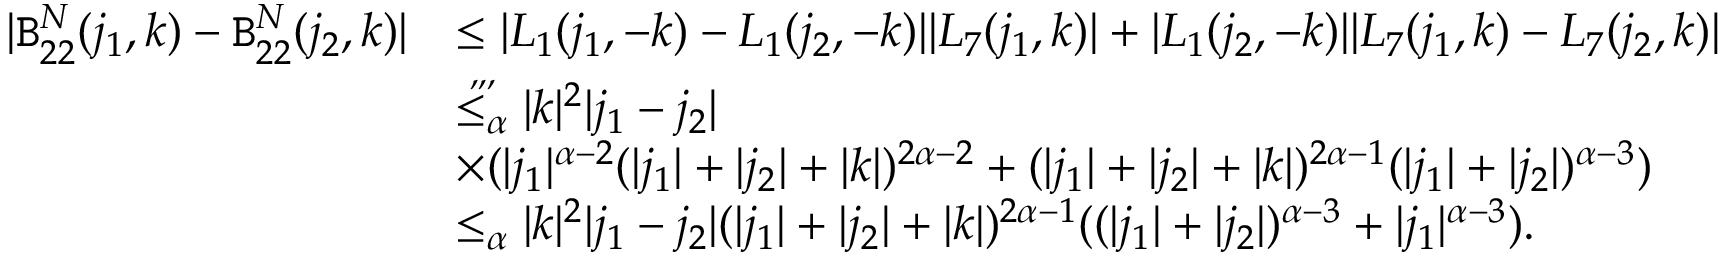
\begin{array} { r l } { | \mathtt { B } _ { 2 2 } ^ { N } ( j _ { 1 } , k ) - \mathtt { B } _ { 2 2 } ^ { N } ( j _ { 2 } , k ) | } & { \le | L _ { 1 } ( j _ { 1 } , - k ) - L _ { 1 } ( j _ { 2 } , - k ) | | L _ { 7 } ( j _ { 1 } , k ) | + | L _ { 1 } ( j _ { 2 } , - k ) | | L _ { 7 } ( j _ { 1 } , k ) - L _ { 7 } ( j _ { 2 } , k ) | } \\ & { \overset { , , , } { \le _ { \alpha } } | k | ^ { 2 } | j _ { 1 } - j _ { 2 } | } \\ & { \times ( | j _ { 1 } | ^ { \alpha - 2 } ( | j _ { 1 } | + | j _ { 2 } | + | k | ) ^ { 2 \alpha - 2 } + ( | j _ { 1 } | + | j _ { 2 } | + | k | ) ^ { 2 \alpha - 1 } ( | j _ { 1 } | + | j _ { 2 } | ) ^ { \alpha - 3 } ) } \\ & { \le _ { \alpha } | k | ^ { 2 } | j _ { 1 } - j _ { 2 } | ( | j _ { 1 } | + | j _ { 2 } | + | k | ) ^ { 2 \alpha - 1 } ( ( | j _ { 1 } | + | j _ { 2 } | ) ^ { \alpha - 3 } + | j _ { 1 } | ^ { \alpha - 3 } ) . } \end{array}